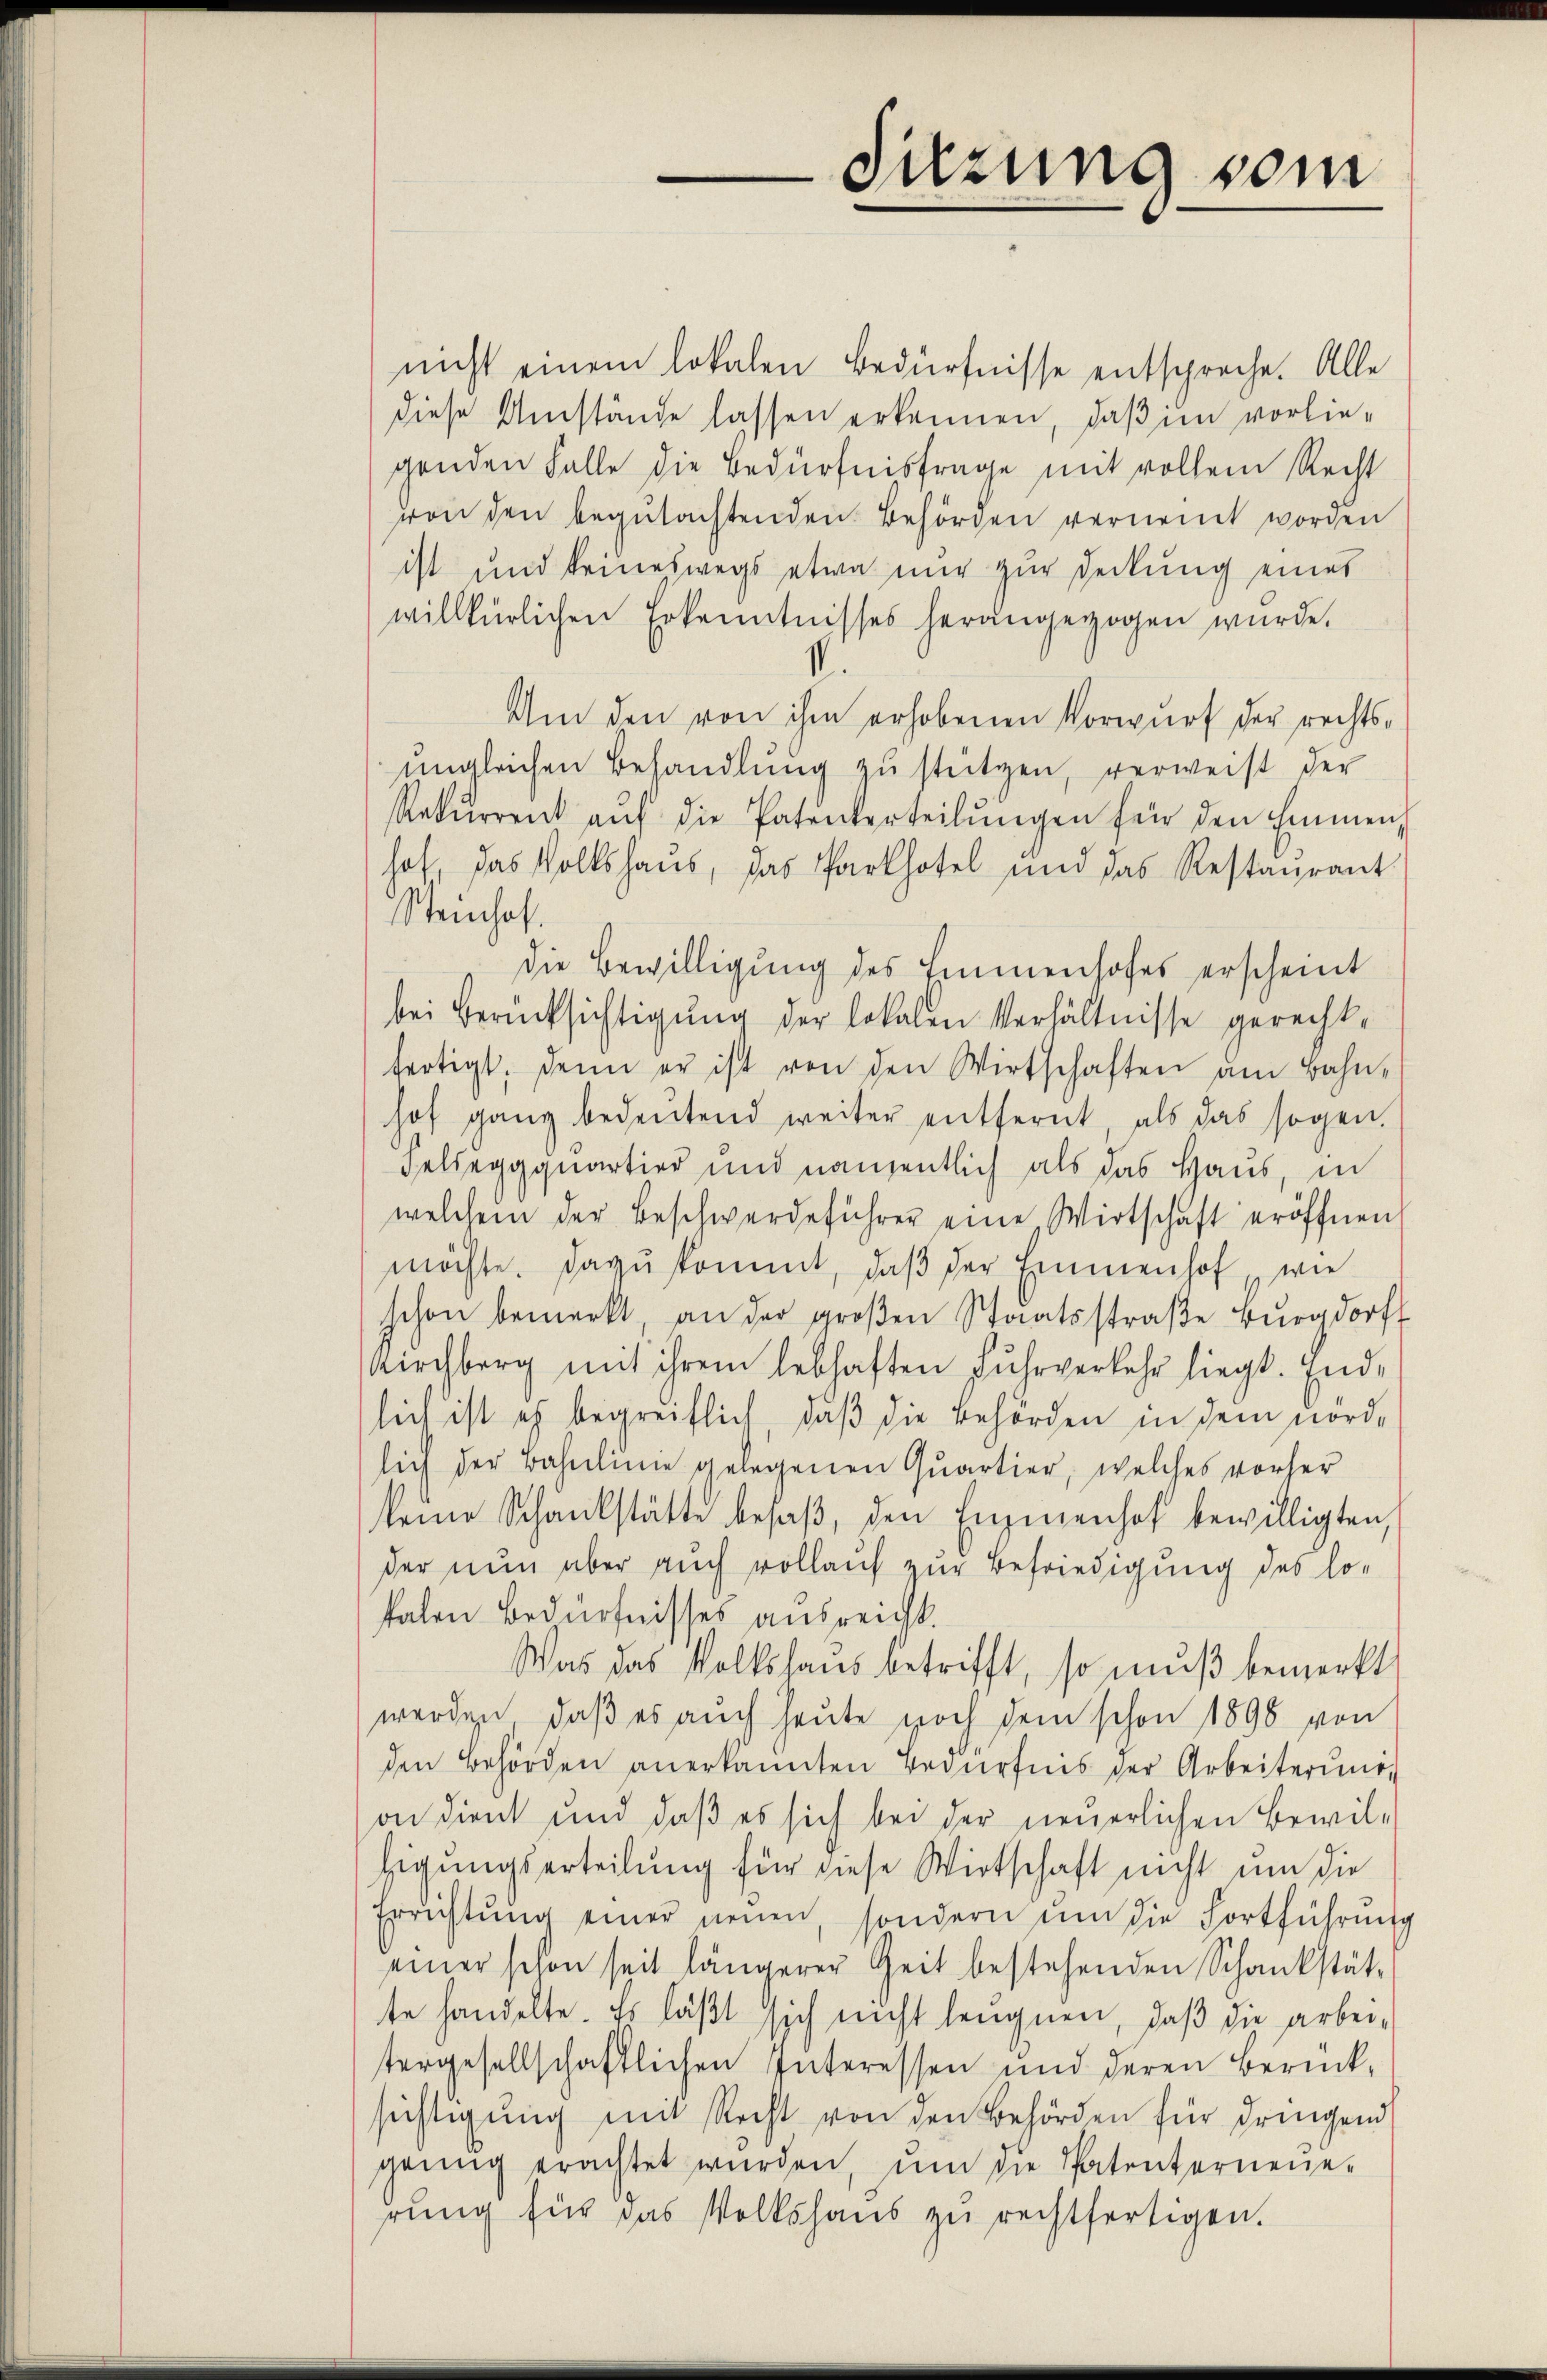
nicht einem lokalen Bedürfnisse entspreche. Alle
diese Umstände lassen erkennen, daß im vorliegenden Falle die Bedürfnisfrage mit vollem Recht
von den begutachtenden Behörden vernennt worden
ist und keineswegs etwa nur zur Deckung eines
willkürlichen Erkenntnisses herangezogen wurde.
Um den von ihm erhobenen Vorwurf der rechtsnngleichen Behandlŭng zŭ stützen, verweist der
Rekŭrrent aŭf die Patenterteilŭngen für den Emmen
hof, das Volkshaus, das Parthofel und das Restaŭrant
Steinhof.
die Bewilligung des Immenhofes erscheint
bei Berücksichtigŭng der lokalen Verhältnisse gerecht-
fertigt. Denn er ist von den Wirtschaften am Bahn-
hof ganz bedeŭtend weiter entfernt, als das sogen.
Felseggquartier und nämentlich als das Haus, in
welchem der Beschwerdeführer eine Wirtschaft eröffnen
möchte. Dazu kommt, daβ der Emmenhof wie
schon bemerkt an der groβen Staatsstraβe Burgdorf
Kirchberg mit ihrem lebhaften Fuhrverkehr liegt. End-
lich ist es begreiflich, daβ die Behörden in dem nörd-
lich der Bahnlmie gelegenen Quartier, welches vorher
keine Schankstätte besaβ, den Enzienhof bewilligten,
der nun aber auch vollauf zur Befriedigung des lokalen Bedürfnisses ausreicht.
Was das Volkshaus betrifft, so muß bemerkt
werden, daß es auch heute noch dem schon 1898 von
den Behörden anerkannten Bedürfnis der Arbeiterŭng
on dient und daß es sich bei der neuerlichen Bewil-
higungserteilung für diese Wirtschaft nicht um die
Errichtŭng einer neuen, sondern ŭm die Fortführung
einer schon seit längerer Zeit bestehenden Schankstätte handelte. Es läßt sich nicht leugnen, daß die arbeitergesellschaftlichen Interessen und deren Berück-
sichtigung mit Recht von den Behörden für dringend
genug erachtet würden, ŭm die Patenterneue-
rŭng für das Volkshaŭs zŭ rechtfertigen.

Sitzung vom